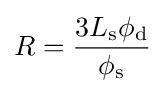
R={3L_{\text{s}}\phi _{\text{d}} \over \phi _{\text{s}}}